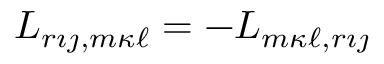
L _ { r { \imath \jmath } , m { \kappa \ell } } = - L _ { m { \kappa \ell } , r { \imath \jmath } }